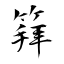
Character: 𥯟